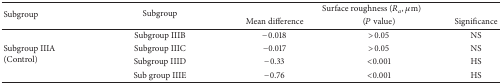
<table><thead><tr><td rowspan="2"><b>Subgroup</b></td><td rowspan="2"><b>Subgroup</b></td><td colspan="3"><b>Surface roughness (<i>R</i><sub><i>a</i></sub>, <i>μ</i>m)</b></td></tr><tr><td><b>Mean difference</b></td><td><b>(<i>P</i> value)</b></td><td><b>Significance</b></td></tr></thead><tbody><tr><td rowspan="4">Subgroup IIIA(Control)</td><td>Subgroup IIIB</td><td>−0.018</td><td>&gt;0.05</td><td>NS</td></tr><tr><td>Subgroup IIIC</td><td>−0.017</td><td>&gt;0.05</td><td>NS</td></tr><tr><td>Subgroup IIID</td><td>−0.33</td><td>&lt;0.001</td><td>HS</td></tr><tr><td>Sub group IIIE</td><td>−0.76</td><td>&lt;0.001</td><td>HS</td></tr></tbody></table>